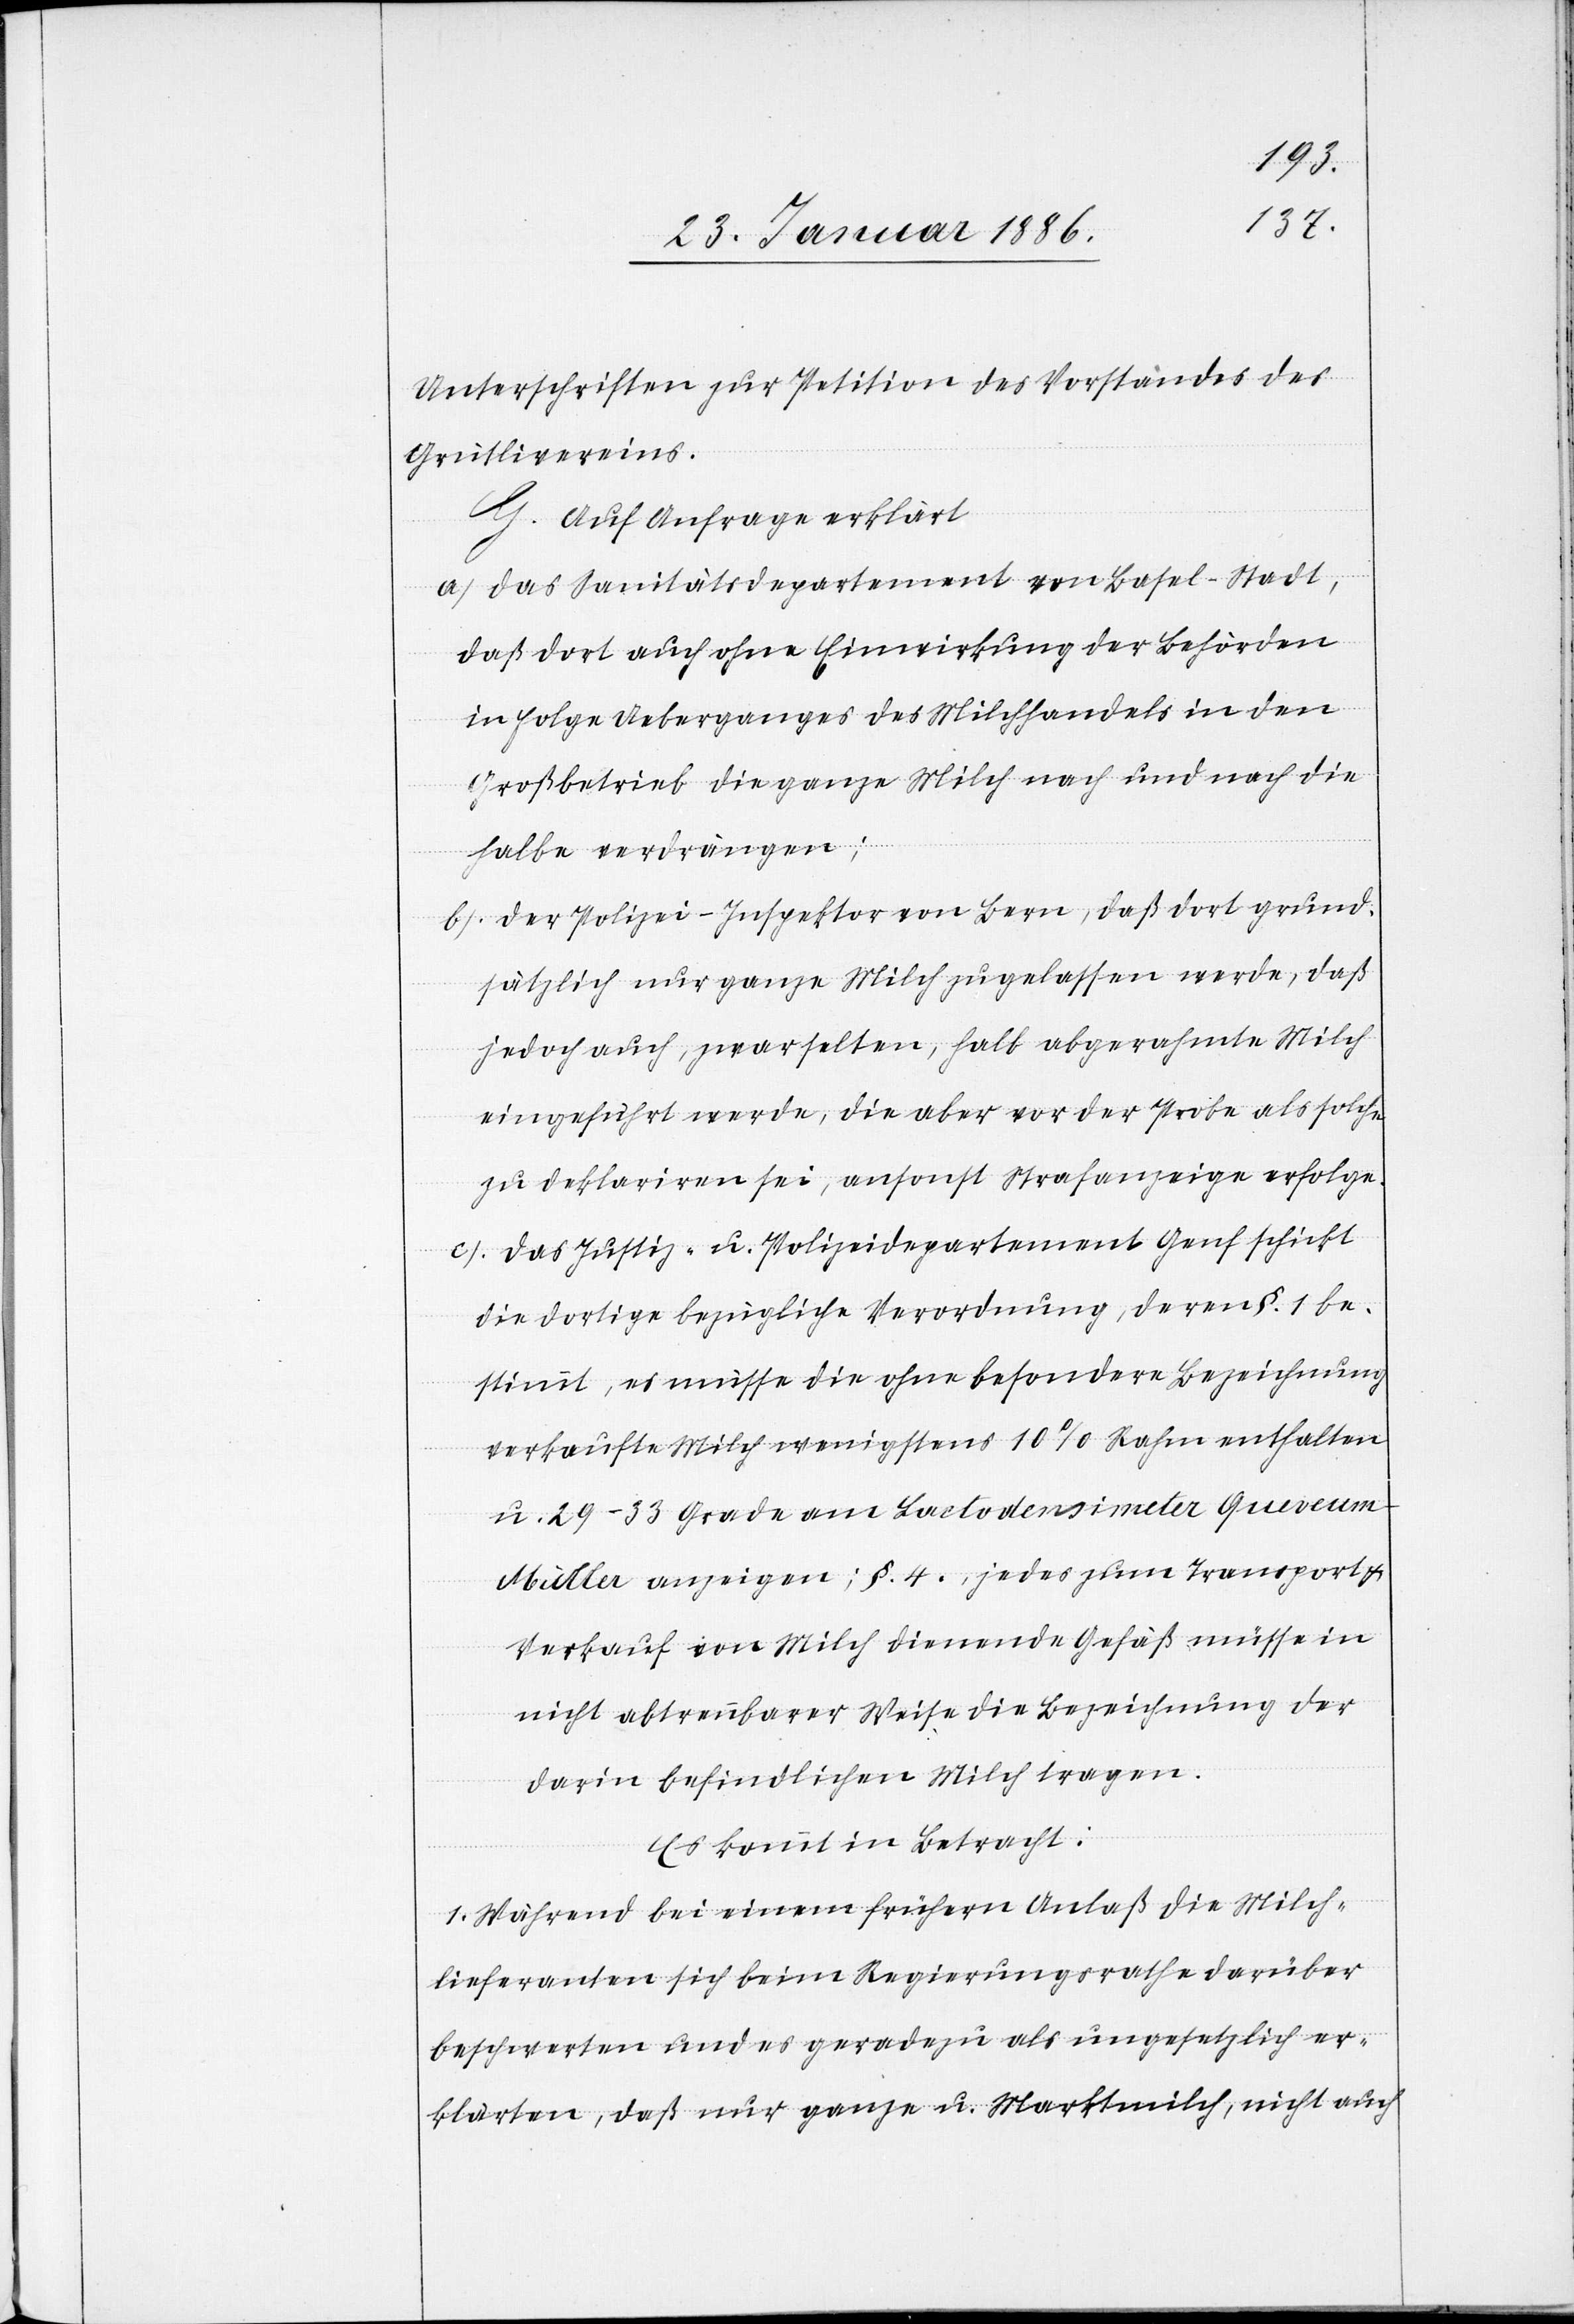
Unterschriften zur Petition des Vorstandes des
Grütlivereins.
G. Auf Anfrage erklärt
a) das Sanitätsdepartement von Basel-Stadt,
daß dort auch ohne Einwirkung der Behörden
in Folge Ueberganges des Milchhandels in den
Großbetrieb die ganze Milch nach und nach die
halbe verdrängen;
b) der Polizei-Inspektor von Bern, daß dort grund¬
sätzlich nur ganze Milch zugelassen werde, daß
jedoch auch, zwar selten, halb abgerahmte Milch
eingeführt werde, die aber vor der Probe als solche
zu deklariren sei, ansonst Strafanzeige erfolge.
c) Das Justiz- u. Polizeidepartement Genf schickt
die dortige bezügliche Verordnung, deren §. 1 be¬
stimmt, es müsse die ohne besondere Bezeichnung
verkaufte Milch wenigstens 10% Rahm enthalten
u. 29–33 Grade am Lactodensimeter Queveum-Müller
anzeigen; §. 4. jedes zum Transport
Verkauf von Milch dienende Gefäß müsse in
nicht abtrennbarer Weise die Bezeichnungen der
darin befindlichen Milch tragen.
Es kommt in Betracht:
1. Während bei einem frühern Anlaß die Milch¬
lieferanten sich beim Regierungsrathe darüber
beschwerten und es geradezu als ungesetzlich er¬
klärten, daß nur ganze u. Marktmilch, nicht auch